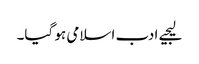
لیجیے ادب اسلامی ہو گیا۔